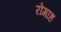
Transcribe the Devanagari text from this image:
रोगाह